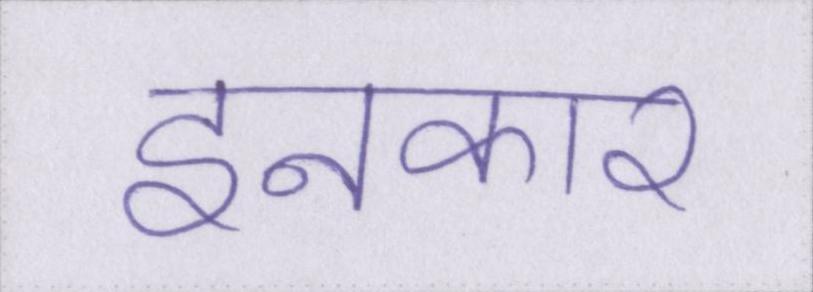
इनकार